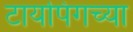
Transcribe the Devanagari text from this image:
टायपिंगच्या